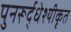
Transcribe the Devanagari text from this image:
पुनरूर्द्धेश्यीकृत